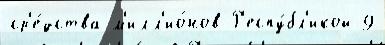
ср'е́дства м'илл'ио́нов Р'еспу́бл'икой 9